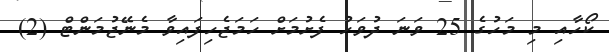
ކޯހާއި މި މަހުގެ 25 ވަނަ ދުވަހު ފެށުމަށް ހަމަޖެހިފައިވާ މެނޭޖުމަންޓް (2)